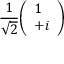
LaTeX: { \frac { 1 } { \sqrt { 2 } } } { \left( \begin{array} { l } { 1 } \\ { + i } \end{array} \right) }